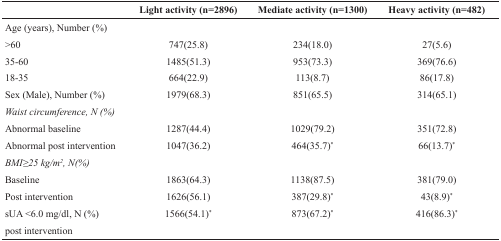
|  | Light activity (n=2896) | Mediate activity (n=1300) | Heavy activity (n=482) |
 | --- | --- | --- | --- |
 | Age (years), Number (%) |  |  |  |
 | >60 | 747(25.8) | 234(18.0) | 27(5.6) |
 | 35-60 | 1485(51.3) | 953(73.3) | 369(76.6) |
 | 18-35 | 664(22.9) | 113(8.7) | 86(17.8) |
 | Sex (Male), Number (%) | 1979(68.3) | 851(65.5) | 314(65.1) |
 | Waist circumference, N (%) |  |  |  |
 | Abnormal baseline | 1287(44.4) | 1029(79.2) | 351(72.8) |
 | Abnormal post intervention | 1047(36.2) | 464(35.7)* | 66(13.7)* |
 | BMI≥25 kg/m2, N(%) |  |  |  |
 | Baseline | 1863(64.3) | 1138(87.5) | 381(79.0) |
 | Post intervention | 1626(56.1) | 387(29.8)* | 43(8.9)* |
 | sUA <6.0 mg/dl, N (%) | 1566(54.1)* | 873(67.2)* | 416(86.3)* |
 | post intervention |  |  |  |